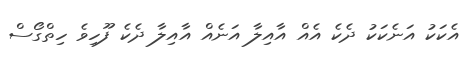
އެކަކު އަނެކަކު ދެކެ އެއް އާއިލާ އަނެއް އާއިލާ ދެކެ ފޫހިވެ ހިތްގޯސް